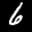
Label: 6